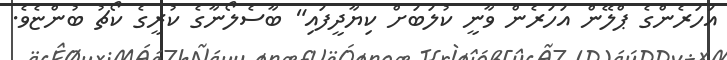
އަހަރެންގެ ޕްލޭން އަހަރެން ވާނީ ކުލަބަށް ކިޔާދީފައި" ބާސެލޯނާގެ ކުރީގެ ކޯޗު ބުންޏެވެ.